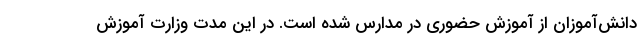
دانش‌آموزان از آموزش حضوری در مدارس شده است. در این مدت وزارت آموزش